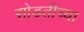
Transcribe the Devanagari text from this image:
सोडतीच्या